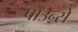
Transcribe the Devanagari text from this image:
पाॅउन्से